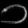
Digit: ၁